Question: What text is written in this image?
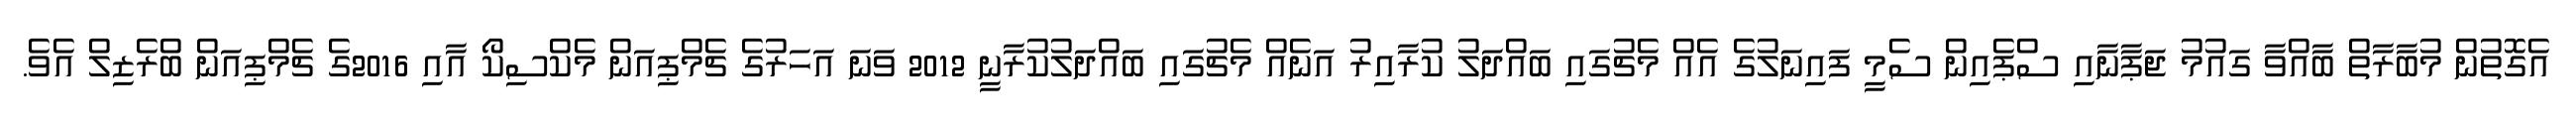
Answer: އެގޮތުން މުބާރާތް ބާއްވާ ގައުމު ޖަޕާނާއި ސްޕެއިން ސެމީ ފައިނަލުގެ އެއް މެޗުގައި ބައްދަލު ކުރާއިރު އަނެއް މެޗުގައި ބައްދަލުކުރާނީ 2012 ވަނަ އަހަރުގެ ޗެމްޕިއަން މެކްސިކޯ އާއި 2016ގެ ޗެމްޕިއަން ބްރެޒިލް އެވެ.